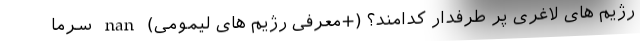
رژیم های لاغری پر طرفدار کدامند؟ (+معرفی رژیم های لیمومی) nan سرما